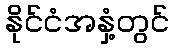
နိုင်ငံအနှံ့တွင်